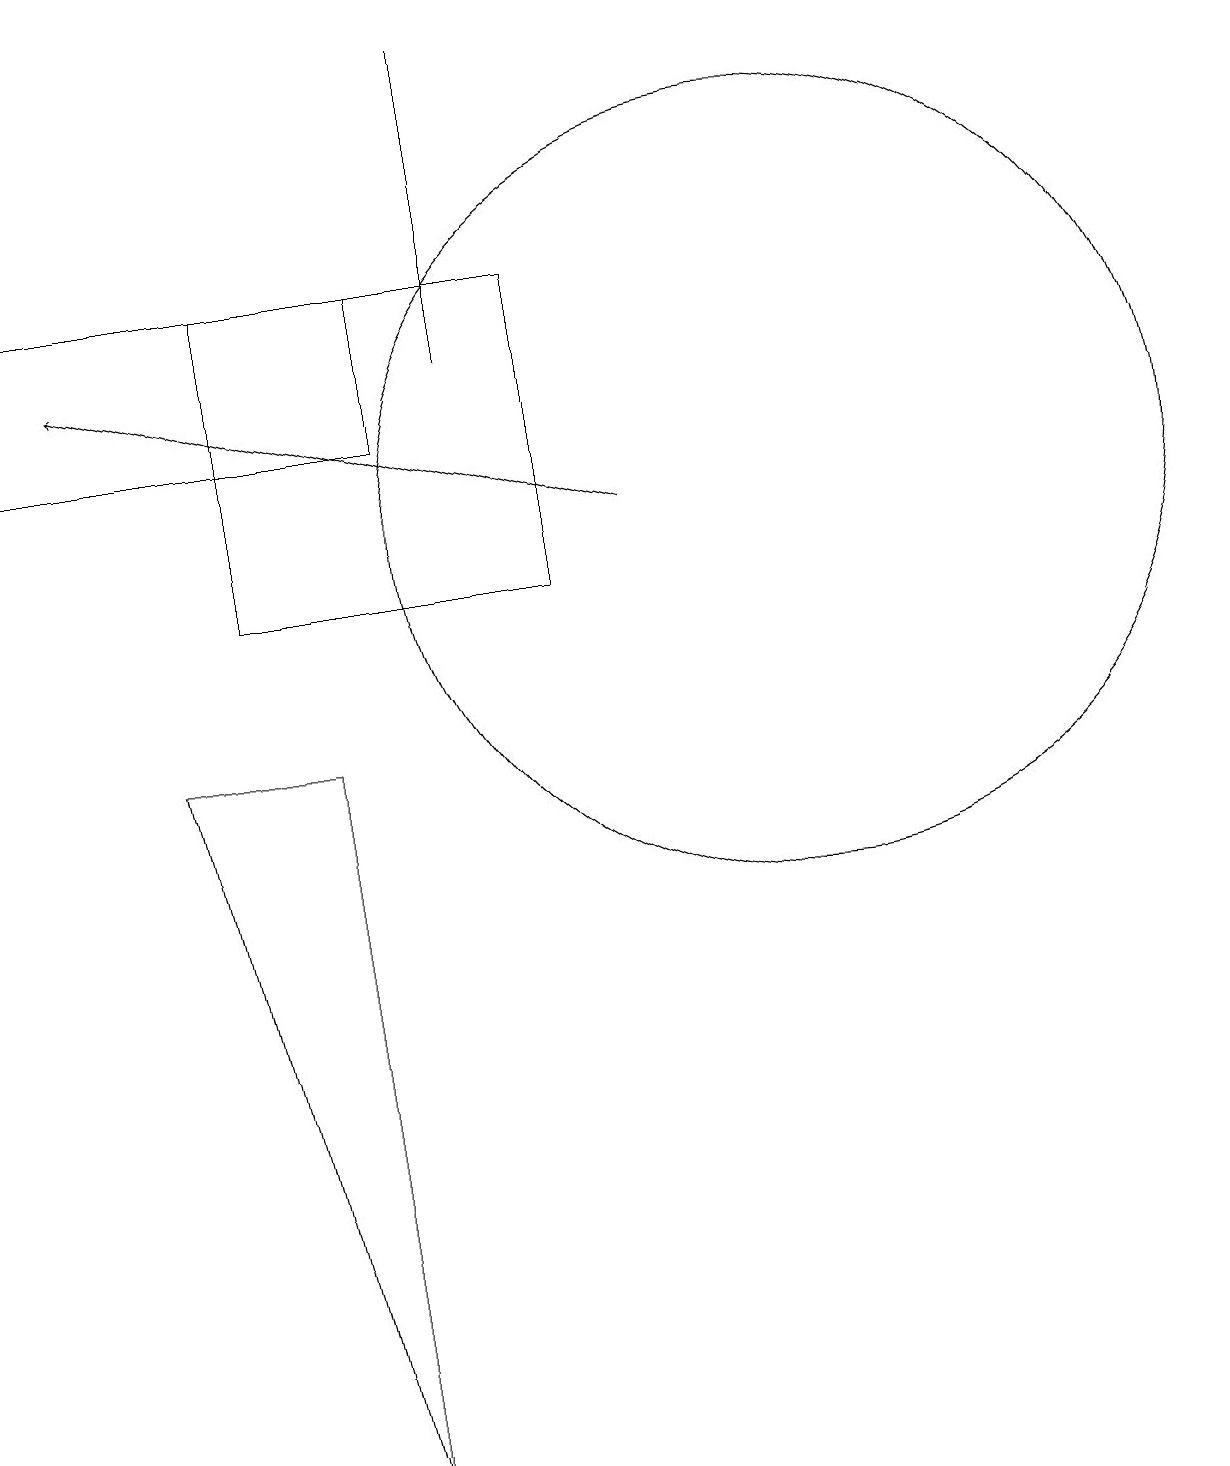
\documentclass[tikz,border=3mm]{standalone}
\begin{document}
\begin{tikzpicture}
\draw (10,10) circle (0);
\draw (10,12) circle (5);
\draw (10,12) circle (0);
\draw (4,0) -- (2,9) -- (4,9) -- cycle;
\draw (0,15) rectangle (5,13);
\draw (3,11) rectangle (7,15);
\draw (6,18) rectangle (6,14);
\draw[->] (8,12) -- (1,14);
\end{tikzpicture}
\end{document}